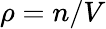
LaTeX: \rho=n/V